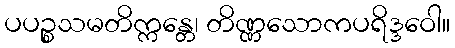
ပပဉ္စသမတိက္ကန္တေ၊ တိဏ္ဏသောကပရိဒ္ဒဝေါ။